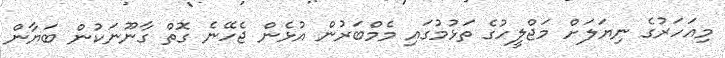
މިއަހަރުގެ ނިޔަލަށް މަޖްލީހުގެ ތަޅުމުގައި މެމްބަރުން އުޅެން ޖެހޭނެ ގޮތް ގާނޫނަކުން ބަޔާން